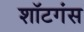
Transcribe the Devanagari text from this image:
शॉटगंस